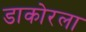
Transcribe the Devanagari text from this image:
डाकोरला